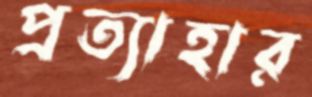
প্রত্যাহার